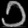
Digit: ၁